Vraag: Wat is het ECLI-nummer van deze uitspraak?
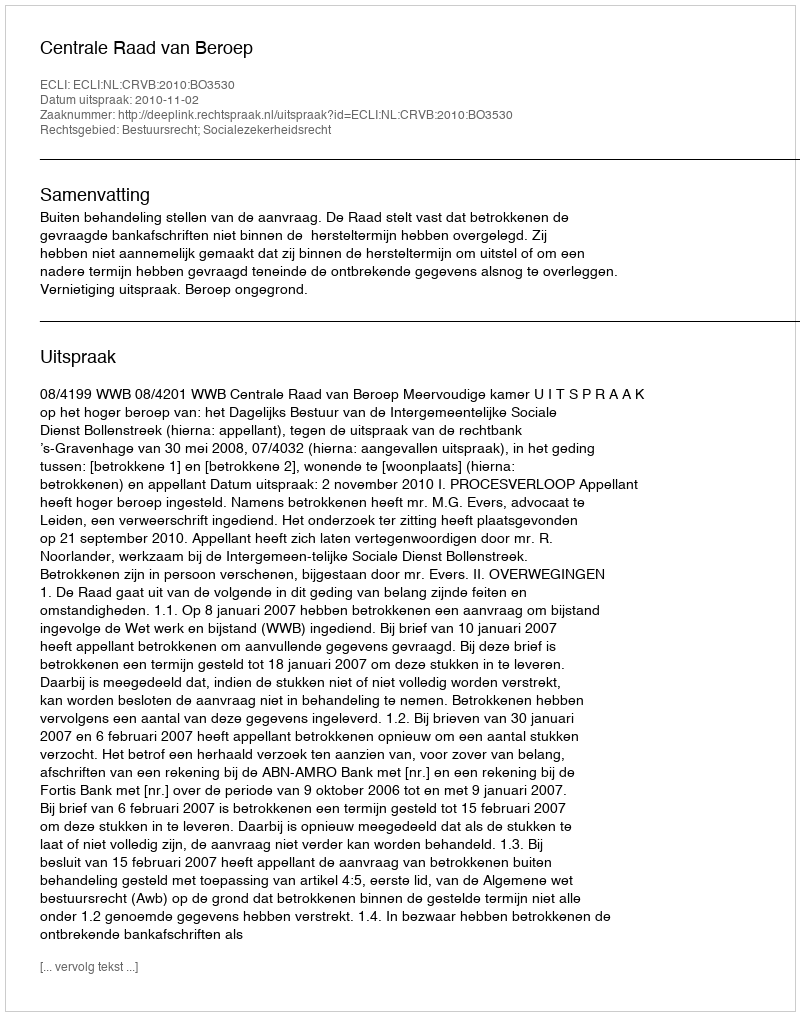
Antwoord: ECLI:NL:CRVB:2010:BO3530